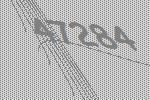
47284